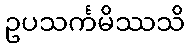
ဥပသင်္ကမိဿသိ